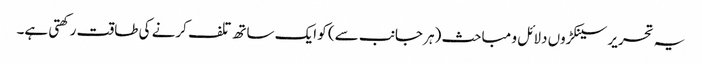
یہ تحریر سینکڑوں دلائل و مباحث (ہر جانب سے) کو ایک ساتھ تلف کرنے کی طاقت رکھتی ہے۔